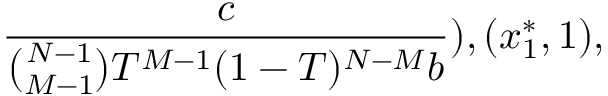
\frac { c } { \binom { N - 1 } { M - 1 } T ^ { M - 1 } ( 1 - T ) ^ { N - M } b } ) , ( x _ { 1 } ^ { * } , 1 ) ,